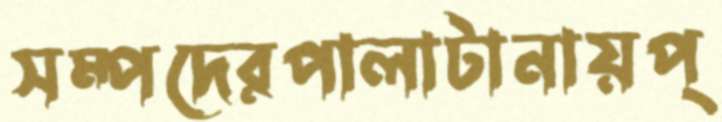
সম্পদেরপালাটানায়প্